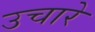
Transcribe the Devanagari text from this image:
उचारे